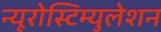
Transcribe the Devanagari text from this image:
न्यूरोस्टिम्युलेशन